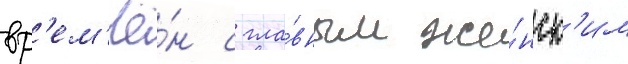
вр'ем'ё́н с гла́вным же́нск'им